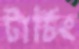
টার্চিং